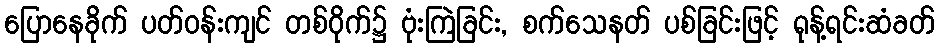
ပြောနေခိုက် ပတ်ဝန်းကျင် တစ်ဝိုက်၌ ဗုံးကြဲခြင်း, စက်သေနတ် ပစ်ခြင်းဖြင့် ရုန့်ရင်းဆံခတ်